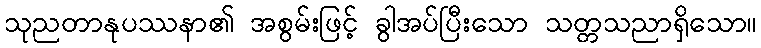
သုညတာနုပဿနာ၏ အစွမ်းဖြင့် ခွါအပ်ပြီးသော သတ္တသညာရှိသော။